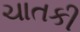
ચાતકી